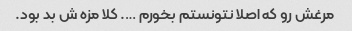
مرغش رو که اصلا نتونستم بخورم …. کلا مزه ش بد بود.